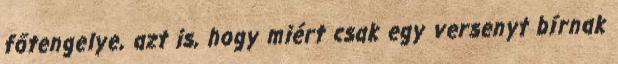
főtengelye, azt is, hogy miért csak egy versenyt bírnak